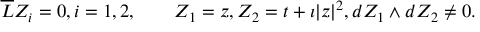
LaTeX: { \overline { { L } } } Z _ { i } = 0 , i = 1 , 2 , \qquad Z _ { 1 } = z , Z _ { 2 } = t + \imath | z | ^ { 2 } , d Z _ { 1 } \wedge d Z _ { 2 } \not = 0 .